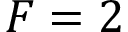
F = 2